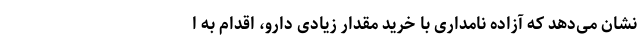
نشان می‌دهد که آزاده نامداری با خرید مقدار زیادی دارو، اقدام به ا